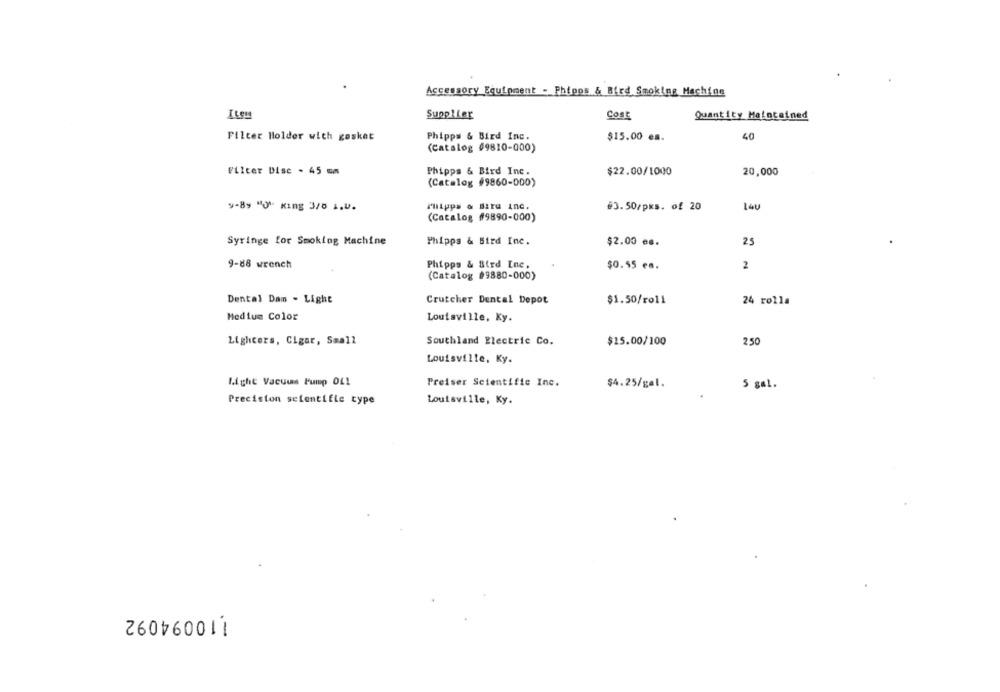
Accessory Equipment - Phipps & Bird Smoking Machine
Supplier
Cost
Quantity Maintained
Filter Holder with gosket
Phipps & Bird Inc.
$15.00 es.
40
(Catalog 09810-000)
Filter Dise - 45 mm
Phipps & Bird Inc.
$22.00/1000
20,000
(Catalog #9860-000)
9-89 "O" King 3/5 1.U.
Phipps & Biru inc.
#3.50/pxs. of 20
L4U
(Catalog #9890-000)
Syringe for Smoking Machine
Phipps & Bird Inc.
$2.00 es.
25
9-88 wrench
Phipps & Bird Inc.
$0.55 en.
2
(Catalog #9880-000)
Dental Dam - Light
Crutcher Dental Depot
$1.50/roll
24 rolla
Medium Color
Louisville, Ky.
Lighters, Cigar, Small
Southland Electric Co.
$15.00/100
250
Louisville, Ky.
Might Vacuum Pump OL!
Preiser Scientific Inc.
$4.25/gel.
S gal .
Precision scientific type
Louisville, Ky.
110094092